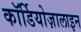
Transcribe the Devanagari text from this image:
कॉर्डियोज़ालाइन